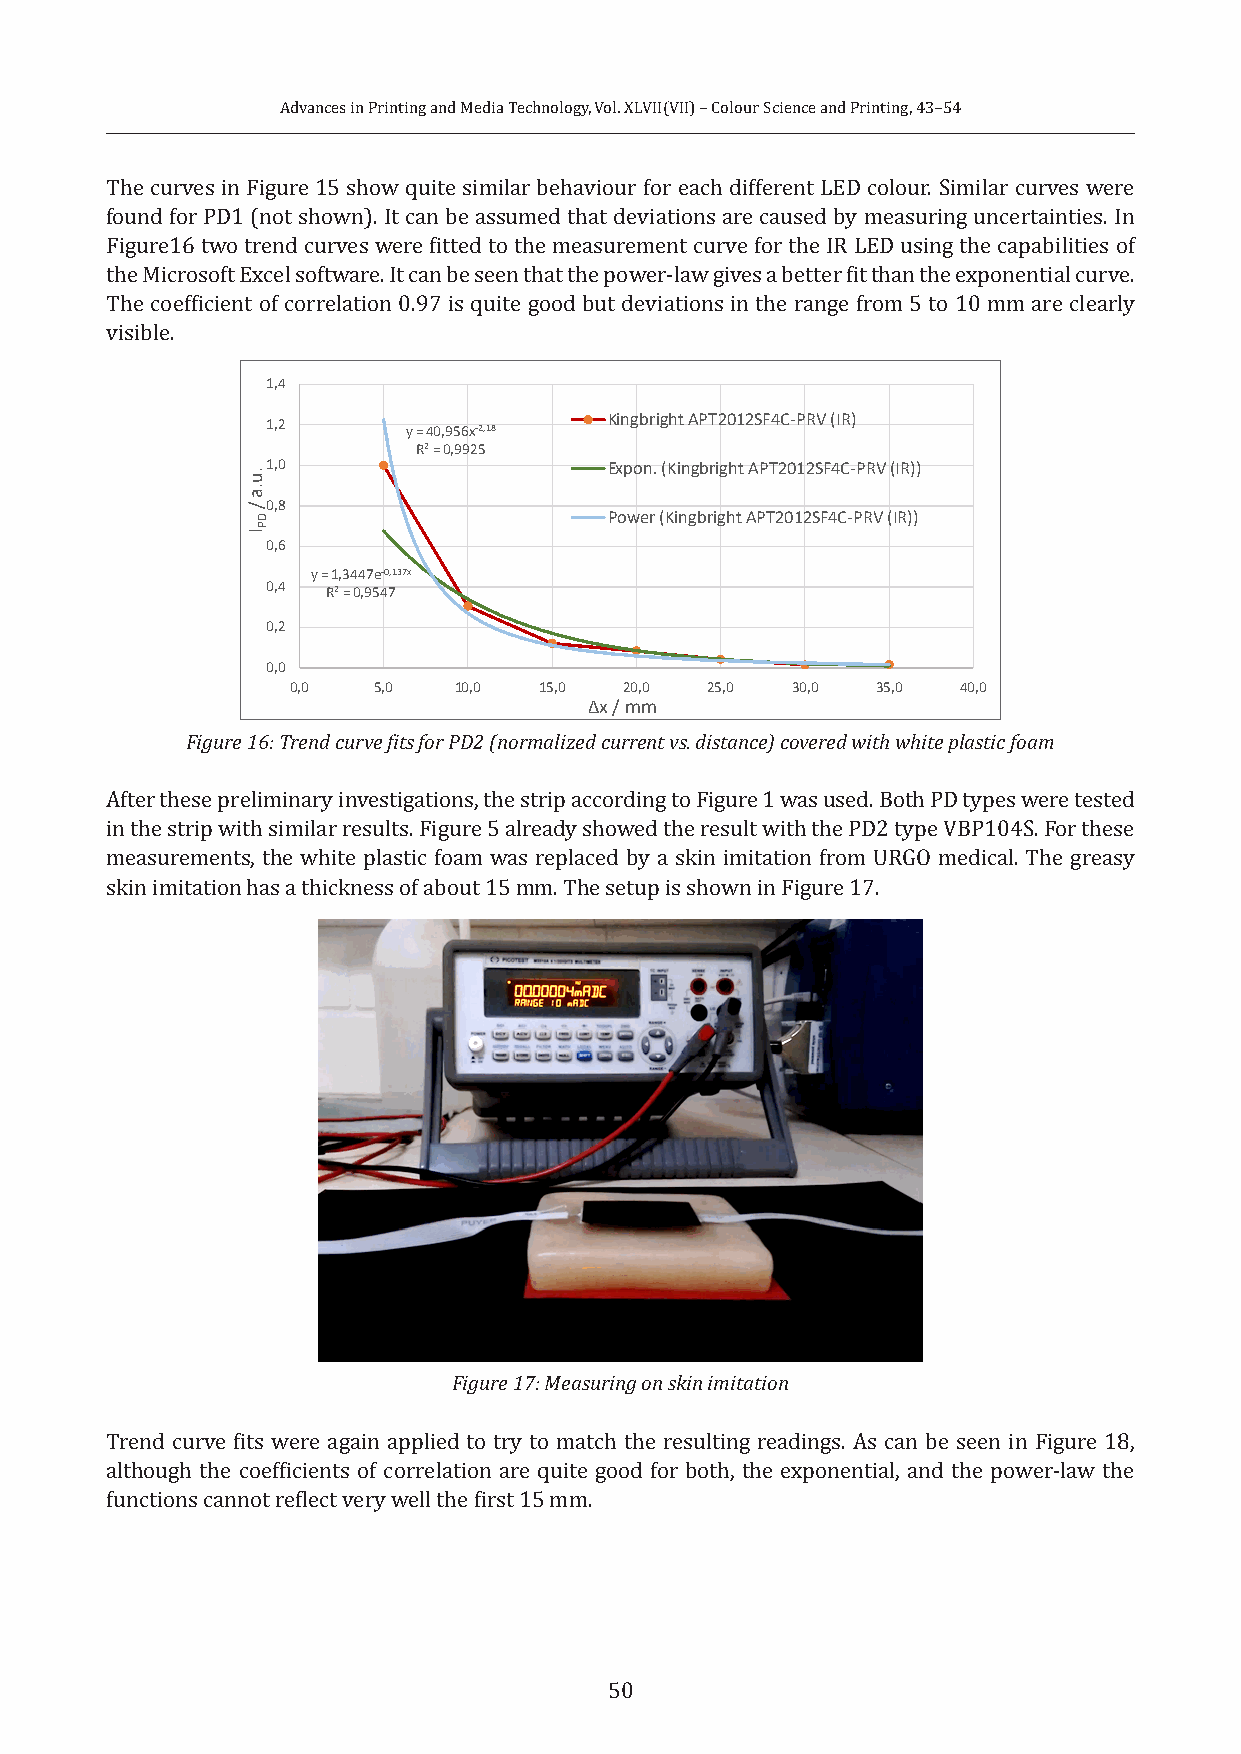
Advances in Printing and Media Technology, Vol. XLVII(VII) – Colour Science and Printing, 43–54
 The curves in Figure 15 show quite similar behaviour for each different LED colour. Similar curves were
 found for PD1 (not shown). It can be assumed that deviations are caused by measuring uncertainties. In
 Figure16 two trend curves were fitted to the measurement curve for the IR LED using the capabilities of
 the Microsoft Excel software. It can be seen that the power-law gives a better fit than the exponential curve.
 The coefficient of correlation 0.97 is quite good but deviations in the range from 5 to 10 mm are clearly
 visible.
 1,4
 1,2                   Kingbright APT2012SF4C-PRV (IR)
 y = 40,956x-2,18
 R² = 0,9925
 1,0                   Expon. (Kingbright APT2012SF4C-PRV (IR))
 0,8
 Power (Kingbright APT2012SF4C-PRV (IR))
 0,6
 y = 1,3447e-0,137x
 0,4 R² = 0,9547
 0,2
 0,0
 0,0   5,0  10,0  15,0 20,0  25,0 30,0  35,0  40,0
 Δx / mm
 Figure 16: Trend curve fits for PD2 (normalized current vs. distance) covered with white plastic foam
 After these preliminary investigations, the strip according to Figure 1 was used. Both PD types were tested
 in the strip with similar results. Figure 5 already showed the result with the PD2 type VBP104S. For these
 measurements, the white plastic foam was replaced by a skin imitation from URGO medical. The greasy
 skin imitation has a thickness of about 15 mm. The setup is shown in Figure 17.
 Figure 17: Measuring on skin imitation
 Trend curve fits were again applied to try to match the resulting readings. As can be seen in Figure 18,
 although the coefficients of correlation are quite good for both, the exponential, and the power-law the
 functions cannot reflect very well the first 15 mm.
 50
 .u.a
 /
 I
 DP